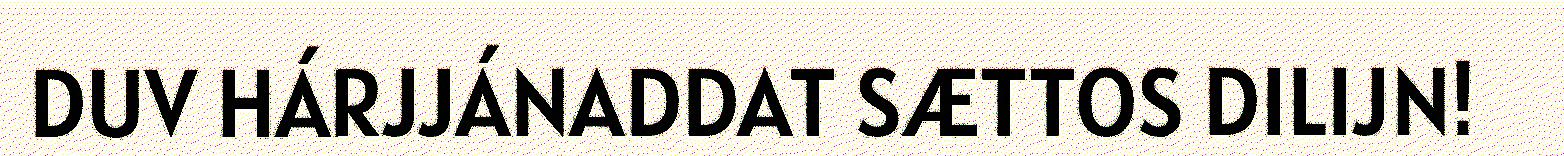
DUV HÁRJJÁNADDAT SÆTTOS DILIJN!